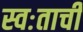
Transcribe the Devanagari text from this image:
स्वःताची